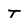
Character: t